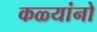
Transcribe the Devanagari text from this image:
कळ्यांनो